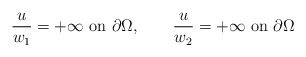
\begin{align*}\frac{u}{w_1}=+\infty\hbox{ on }\partial\Omega,\qquad\frac{u}{w_2}=+\infty\hbox{ on }\partial\Omega\end{align*}